Report of the King Institute of Preventive Medicine, Guindy
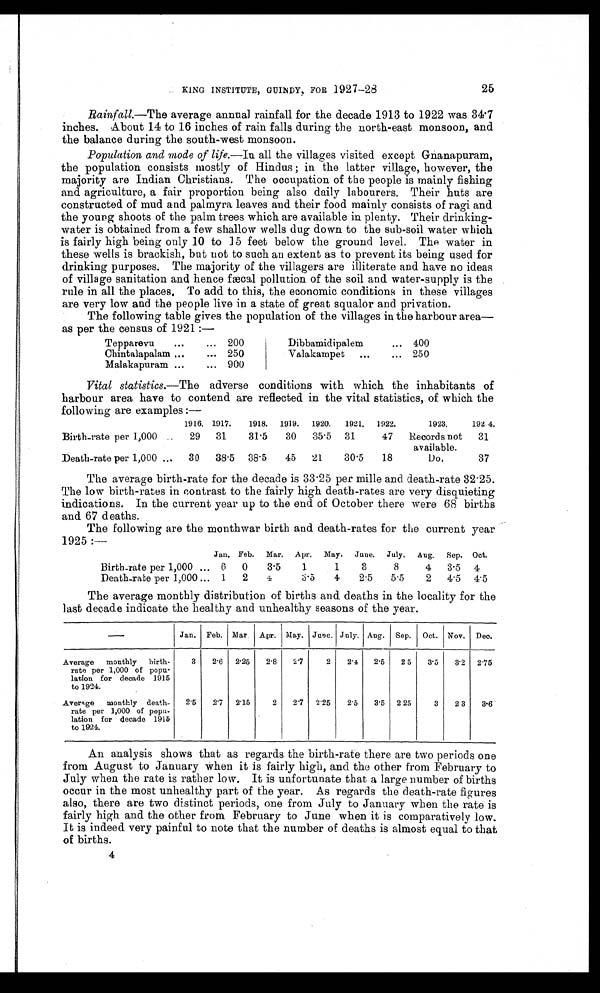
KING INSTITUTE, GUINDY, FOR 1927-28
25
Rainfall.—The average annual rainfall for the decade 1913 to 1922 was 34.7
inches. About 14 to 16 inches of rain falls during the north-east monsoon, and
the balance during the south-west monsoon.
Population and mode of life. —In all the villages visited except Gnanapuram,
the population consists mostly of Hindus ; in the latter village, however, the
majority are Indian Christians. The occupation of the people is mainly fishing
and agriculture, a fair proportion being also daily labourers. Their huts are
constructed of mud and palmyra leaves and their food mainly consists of ragi and
the young shoots of the palm trees which are available in. plenty. Their drinking
-water is obtained from a few shallow wells dug down to the sub-soil water which
is fairly high being only 10 to 15 feet below the ground level. The water in
these wells is brackish, but not to such an extent as to prevent its being used for
drinking purposes. The majority of the villagers are illiterate and have no ideas
of village sanitation and hence fæcal pollution of the soil and water-supply is the
rule in all the places. To add to this, the economic conditions in these villages
are very low and the people live in a state of great squalor and privation.
The following table gives the population of the villages in the harbour area
—as per the census of 1921 :—
Tepparevu
...
... 200
Dibbamidipalem
...
400
Chintalapalam ...
... 250
Valakampet
...
... 250
Malakapuram ...
... 900
Vital statistics.—The adverse conditions with which the inhabitants of
harbour area have to contend are reflected in the vital statistics, of which the
following are examples :—
1916. 1917.
1918. 1919.
1920.
1921.
1922.
1923.
1924.
Birth-rate per 1,000 ..
29
31
31.5
30
35.5
31
47
Records not
available.
31
Death-rate per 1,000 ...
30
38.5
38.5
45
21
30.5
18
Do.
37
The average birth-rate for the decade is 33.25 per mille and death-rate 32.25.
The low birth-rates in contrast to the fairly high death-rates are very disquieting
indications. In the current year up to the end of October there were 68 births
and 67 deaths.
The following are the monthwar birth and. death-rates for the current year
1925 :—
Jan. Feb. Mar. Apr. May. June. July. Aug.
Sep. Oct.
Birth-rate per 1,000 ... 6
0
3.5
1
1
3
8
4
3.5
4
Death-rate per 1,000 ... 1
2
4
3.5
4
2.5
5.5
2
4.5
4.5
The average monthly distribution of births and deaths in the locality for the
last decade indicate the healthy and unhealthy seasons of the year.
Jan. Feb. Mar . Apr. May. June. July. Aug. Sep. Oct. Nov. Dec.
Average monthly birth-
rate per 1,000 of popu
-
lation for decade 1915
to 1924.
3
2.6 2.25
2.8
2.7
2
2.4
2.5
2 5
3.5
3.2 2.75
Average monthly death-
rate per 1,000 of popu
-
lation for decade 1915
to 1924.
2.5
2.7 2.15
2
2.7
2.25
2.5
3.5 2 25
3
2.3
3.6
An analysis shows that as regards the birth-rate there are two periods one
from August to January when it is fairly high, and the other from February to
July when the rate is rather low. It is unfortunate that a large number of births
occur in the most unhealthy part of the year. As regards the death-rate figures
also, there are two distinct periods, one from July to January when the rate is
fairly high and the other from February to June when it is comparatively low.
It is indeed very painful to note that the number of deaths is almost equal to that
of births.
4